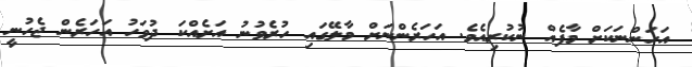
އަހަންނަކަށް މާފެއް ނުކުރިއެވެ. އަހަރެންނަށް މާލޭގައި ހުރެވުނު އަށެއްކަ ދުވަހު އަހަރެން ޖެހުނީ